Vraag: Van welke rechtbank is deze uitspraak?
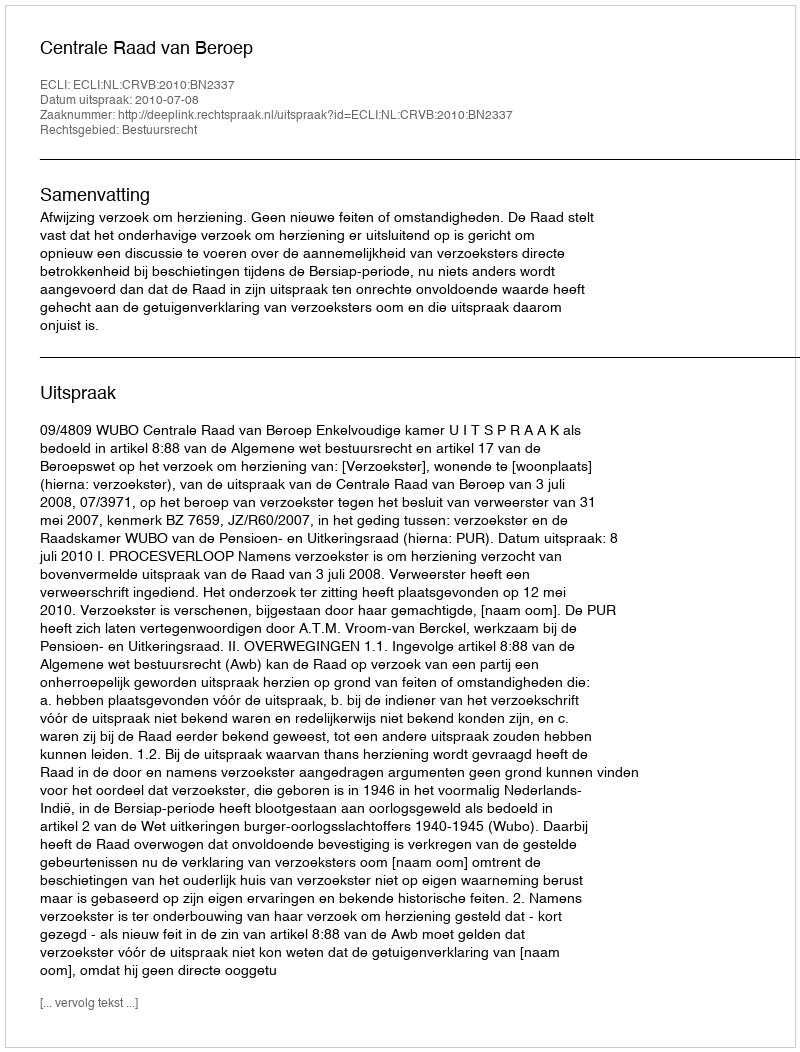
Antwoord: Centrale Raad van Beroep